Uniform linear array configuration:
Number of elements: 24
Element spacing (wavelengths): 0.75
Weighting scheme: exponential
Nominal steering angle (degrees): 30
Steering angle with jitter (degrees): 29.787
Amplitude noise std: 0.05
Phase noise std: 0.05

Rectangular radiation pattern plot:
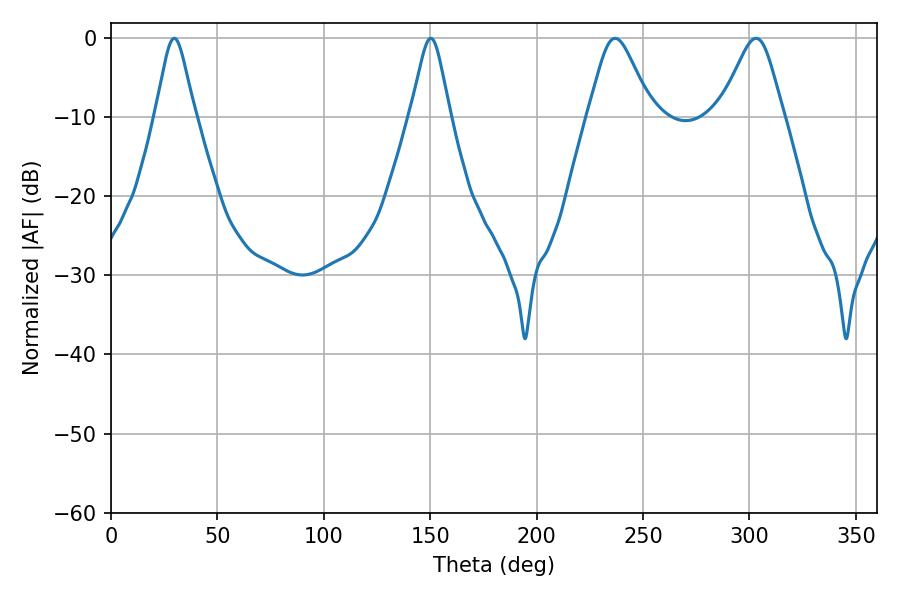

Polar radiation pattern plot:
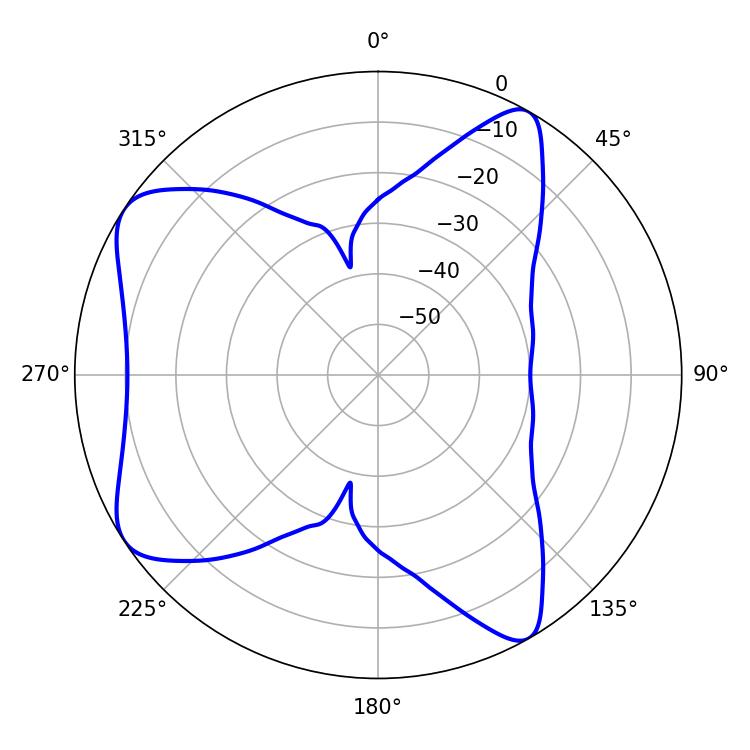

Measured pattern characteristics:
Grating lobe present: TRUE
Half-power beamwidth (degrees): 14.4
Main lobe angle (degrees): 236.88